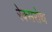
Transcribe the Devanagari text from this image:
रेक्सरोथ